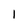
Character: 1